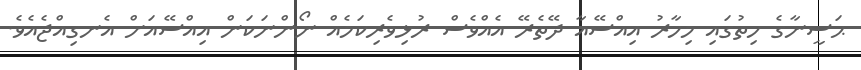
ޙަސީނާގެ ހިތުގައި މިހާރު އިއްސޭއާ ދޭތެރޭ އެއްވެސް ރުޅިވެރިކަމެއް ނޯންނަކަން އިއްސޭއަށް އެނގިއްޖެއެވެ.